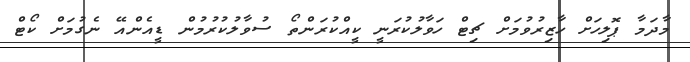
މާދަމާ ޕޮލިހަށް ހާޒިރުވުމަށް ޗިޓް ހަވާލުކުރަނީ ކީއްކުރަންތޯ ސުވާލުކުރުމުން ޑީއެންއޭ ނެގުމަށް ކޯޓް